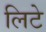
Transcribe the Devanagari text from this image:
लिटे